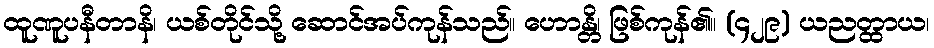
ထူဏူပနီတာနိ၊ ယစ်တိုင်သို့ ဆောင်အပ်ကုန်သည်။ ဟောန္တိ၊ ဖြစ်ကုန်၏။ (၄၂၉) ယညတ္ထာယ၊